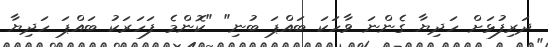
ދަރިފުޅަށް ހަދިޔާ ގެންނަ ވާހަކަ ބައްޕަ ބުނި" "ކޮންމެ ފަހަރަކު ބައްޕަ ހަދިޔާ